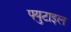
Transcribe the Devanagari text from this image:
फ्युटाइल